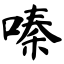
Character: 嗪